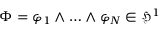
\Phi = \varphi _ { 1 } \wedge \ldots \wedge \varphi _ { N } \in \mathfrak { H } ^ { 1 }